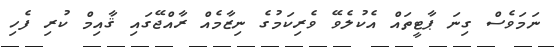
ނަމަވެސް ގިނަ ޕާޓީތައް އެކުލެވޭ ވެރިކަމުގެ ނިޒާމެއް ރާއްޖޭގައި ޤާއިމް ކުރި ފެހި